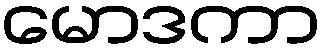
မောဒကာ